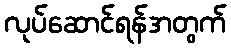
လုပ်ဆောင်ရန်အတွက်